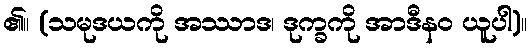
၏။ (သမုဒယကို အဿာဒ၊ ဒုက္ခကို အာဒီနဝ ယူပါ)။